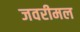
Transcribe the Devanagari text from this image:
जवरीमल